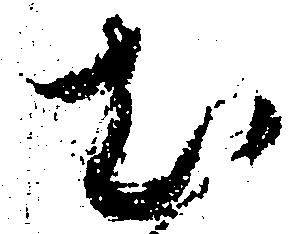
む